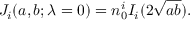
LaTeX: J _ { i } ( a , b ; \lambda = 0 ) = n _ { 0 } ^ { i } I _ { i } ( 2 { \sqrt { a b } } ) .